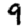
Digit: 9